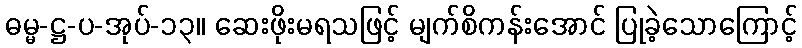
ဓမ္မ-ဋ္ဌ-ပ-အုပ်-၁၃။ ဆေးဖိုးမရသဖြင့် မျက်စိကန်းအောင် ပြုခဲ့သောကြောင့်